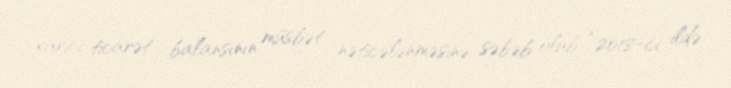
xarici ticarət balansının müsbət nəticələnməsinə səbəb olub: “2018-ci ildə